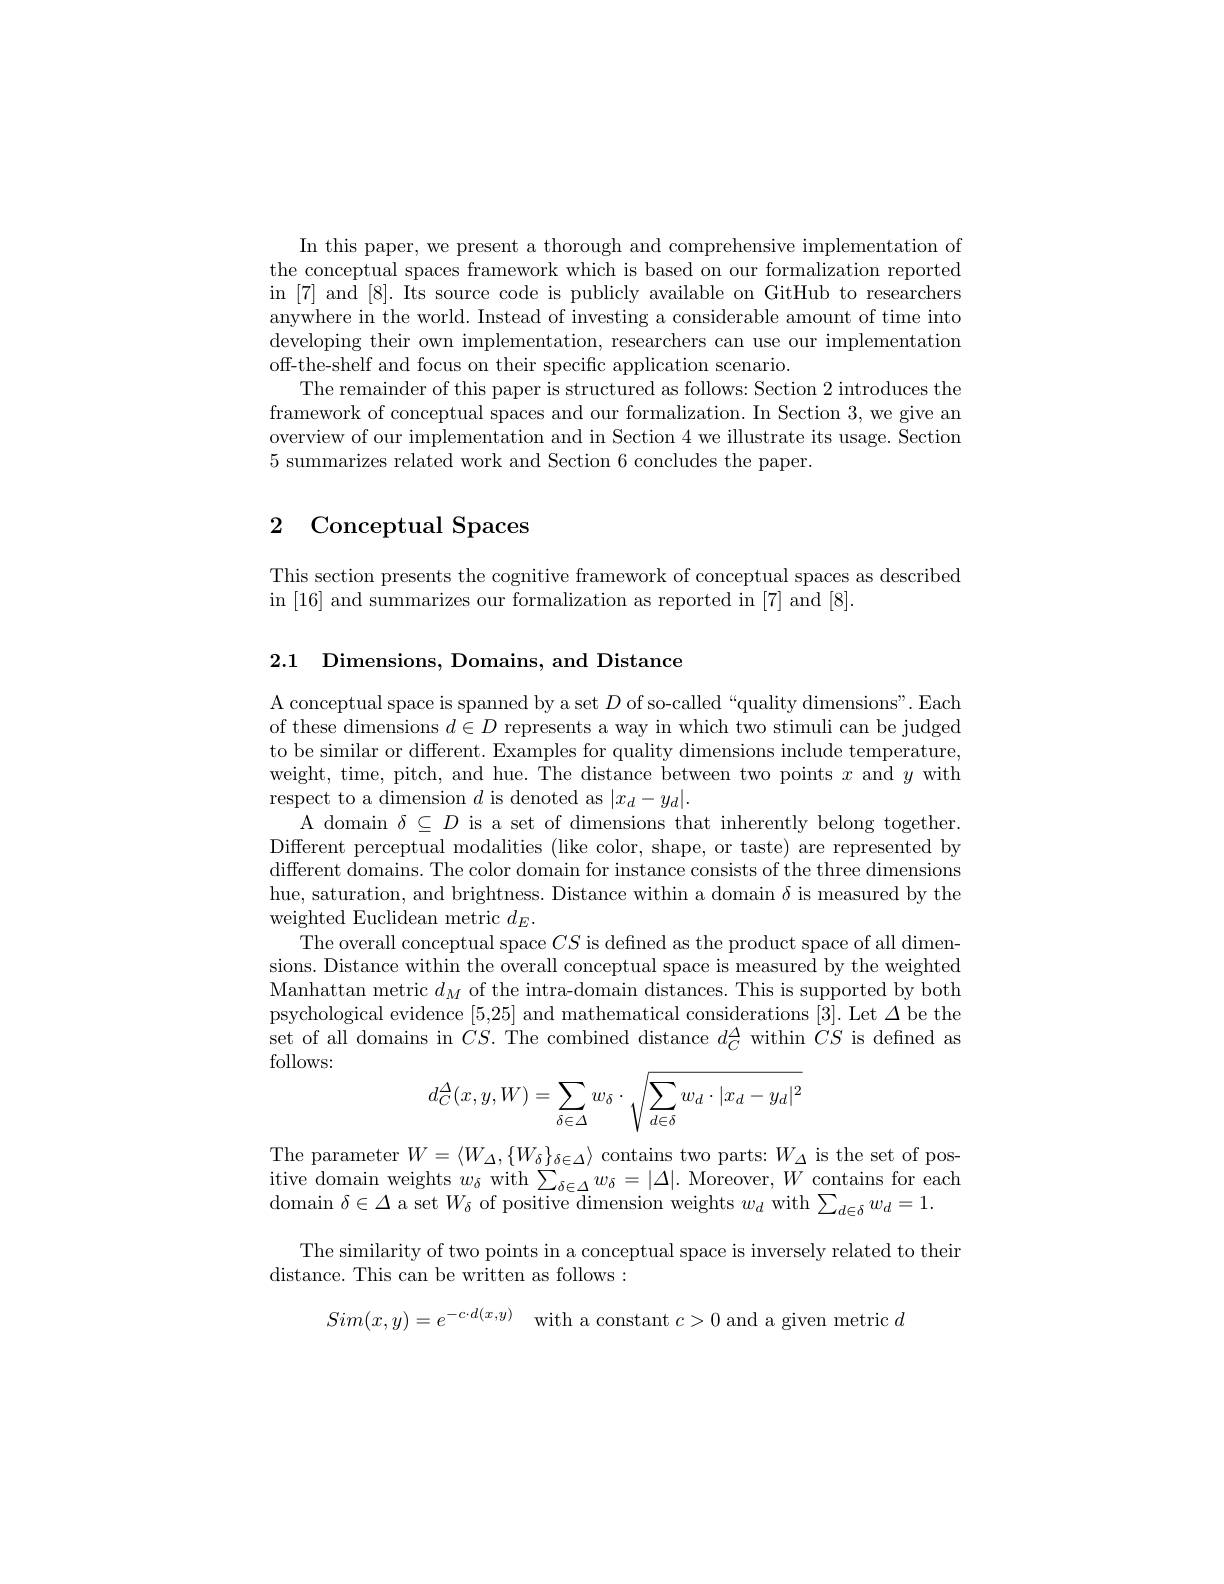
In this paper, we present a thorough and comprehensive implementation of the conceptual spaces framework which is based on our formalization reported in [7] and [8]. Its source code is publicly available on GitHub to researchers anywhere in the world. Instead of investing a considerable amount of time into developing their own implementation, researchers can use our implementation off-the-shelf and focus on their specific application scenario
The remainder of this paper is structured as follows: Section 2 introduces the framework of conceptual spaces and our formalization. In Section 3, we give an overview of our implementation and in Section 4 we illustrate its usage. Section 5 summarizes related work and Section 6 concludes the paper.

# 2 Conceptual Spaces

This section presents the cognitive framework of conceptual spaces as described
in [16] and summarizes our formalization as reported in [7] and [8]

2.1 Dimensions, Domains, and Distance

A conceptual space is spanned by a set $D$ of so-called“quality dimensions". Each of these dimensions $d\in D$ represents a way in which two stimuli can be judged to be similar or different. Examples for quality dimensions include temperature, weight, time, pitch, and hue. The distance between two points $x$ and $y$ with respect to a dimension $d$ is denoted as $|x_d-y_d|.$
A domain $\delta\subseteq D$ is a set of dimensions that inherently belong together Different perceptual modalities (like color, shape, or taste) are represented by different domains. The color domain for instance consists of the three dimensions hue, saturation, and brightness. Distance within a domain $\delta$ is measured by the weighted Euclidean metric $d_E.$
The overall conceptual space $CS$ is defned as the product space of all dimensions. Distance within the overall conceptual space is measured by the weighted Manhattan metric $d_{M}$ of the intra-domain distances. This is supported by both psychological evidence [5,25] and mathematical considerations [3]. Let $\Delta$be the set of all domains in $CS.$ The combined distance $d_C^{\Delta}$ within $CS$ is defned as follows:
$$d_C^\Delta(x,y,W)=\sum\limits_{\delta\in\Delta}w_\delta\cdot\sqrt{\sum\limits_{d\in\delta}w_d\cdot|x_d-y_d|^2}$$
$\begin{array}{l}{\mathrm{The~parameter~}W=\langle W_{\Delta},\{W_{\delta}\}_{\delta\in\Delta}\rangle~contains~two~parts:~}W_{\Delta}&{\mathrm{is~the~set~of~pos}}\\{\mathrm{itive~domain~weights~}w_{\delta}~\mathrm{with~}\sum_{\delta\in\Delta}w_{\delta}=|\Delta|.~\mathrm{Moreover,~}W~\mathrm{contains~for~each}}\\{\mathrm{domain~}\delta\in\Delta~\mathrm{a~set~}W_{\delta}~\mathrm{of~positive~dimension~weights~}w_{d}~\mathrm{wi}}\end{array}$
The similarity of two points in a conceptual space is inversely related to their
distance. This can be written as follows:
$Sim( x, y) = e^{- c\cdot d( x, y) }$ with a constant $c>0$ and a given metric $d$